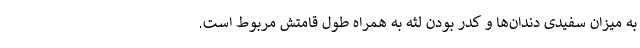
به میزان سفیدی دندان‌ها و کدر بودن لثه به همراه طول قامتش مربوط است.